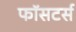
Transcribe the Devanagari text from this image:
फॉसटर्स